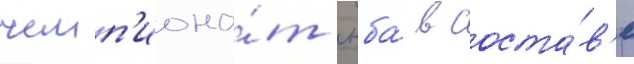
чемп'иона́т нба́ в соста́в'е